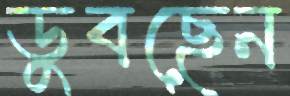
ডুবছেন